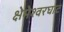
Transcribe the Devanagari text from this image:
क्षेमेश्वरघाट